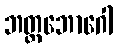
ဘတ္တဘောဂေါ